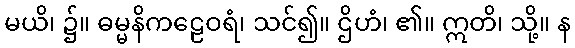
မယိ၊ ၌။ ဓမ္မနိကဠေဝရံ၊ သင်၍။ ဌိဟံ၊ ၏။ ဣတိ၊ သို့။ န